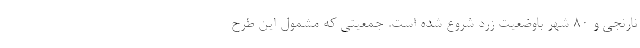
نارنجی و ۸۰ شهر باوضعیت زرد شروع شده است. جمعیتی که مشمول این طرح